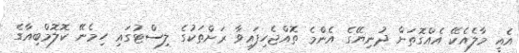
އެއީ މާލެއެކޭ އެއްގޮތަށް ދުނިޔޭގެ އެންމެ ތޮއްޖެހިފައިވާ ރަށްތަކުގެ ލިސްޓުގައި ހިމެނޭ ކޮލޮމްބިއާގެ